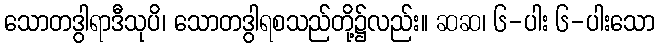
သောတဒွါရာဒီသုပိ၊ သောတဒွါရစသည်တို့၌လည်း။ ဆဆ၊ ၆-ပါး ၆-ပါးသော